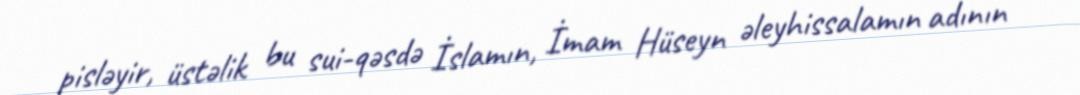
pisləyir, üstəlik bu sui-qəsdə İslamın, İmam Hüseyn əleyhissalamın adının